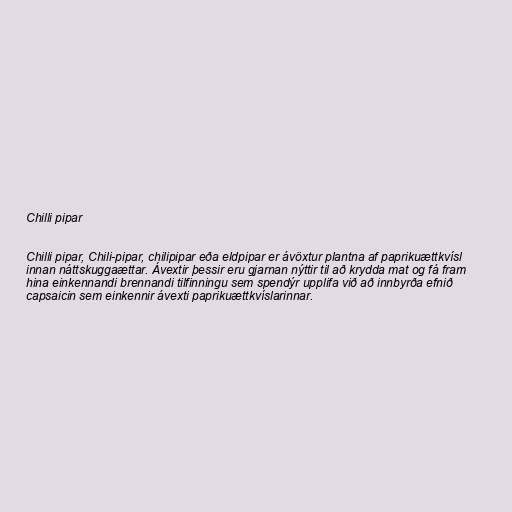
Chilli pipar

Chilli pipar, Chili-pipar, chilipipar eða eldpipar er ávöxtur plantna af paprikuættkvísl
innan náttskuggaættar. Ávextir þessir eru gjarnan nýttir til að krydda mat og fá fram
hina einkennandi brennandi tilfinningu sem spendýr upplifa við að innbyrða efnið
capsaicin sem einkennir ávexti paprikuættkvíslarinnar.